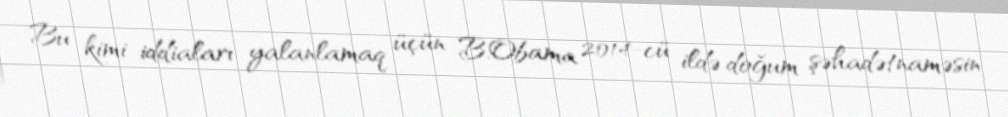
Bu kimi iddiaları yalanlamaq üçün B.Obama 2014-cü ildə doğum şəhadətnaməsin